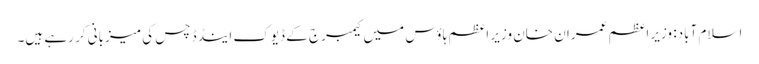
اسلام آباد: وزیر اعظم عمران خان وزیر اعظم ہاؤس میں کیمبرج کے ڈیوک اینڈ ڈچس کی میزبانی کر رہے ہیں۔